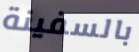
بالسفينة